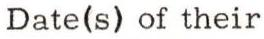
Date(s) of their